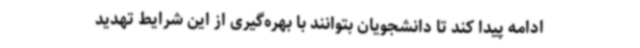
ادامه پیدا کند تا دانشجویان بتوانند با بهره‌گیری از این شرایط تهدید